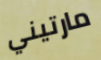
مارتيني